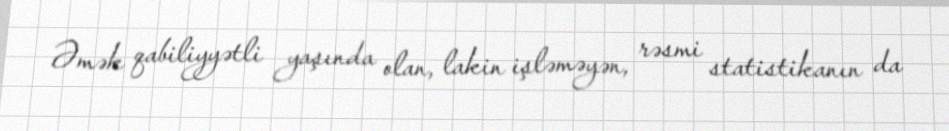
Əmək qabiliyyətli yaşında olan, lakin işləməyən, rəsmi statistikanın da